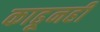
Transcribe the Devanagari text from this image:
काढूनही